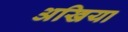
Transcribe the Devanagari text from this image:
अखिया